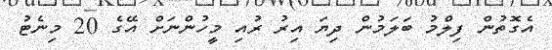
އެގޮތުން ފިލްމު ބަލަމުން ދިޔަ އިރު ރުއި މީހުންނަށް އޭގެ 20 މިނެޓު